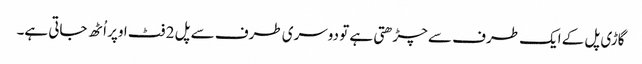
گاڑی پل کے ایک طرف سے چڑھتی ہے تو دوسری طرف سے پل 2 فٹ اوپر اُٹھ جاتی ہے۔